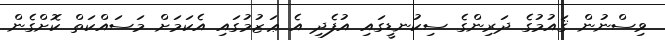
ވިސްނުން ޤައުމުގެ ދަރިންގެ ސިކުނޑީގައި އުފެދި އެ ޢަޒުމުގައި އެކަމަށް މަސައްކަތް ކޮށްގެން